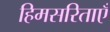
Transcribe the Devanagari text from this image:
हिमसरिताएँ